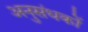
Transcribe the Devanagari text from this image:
अनुसंधकों